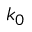
k _ { 0 }